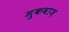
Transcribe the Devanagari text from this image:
मुकबाज़